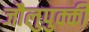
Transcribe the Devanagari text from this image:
जौलुपुक्की